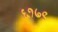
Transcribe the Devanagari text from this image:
६१७९